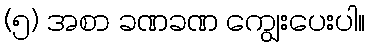
(၅) အစာ ခဏခဏ ကျွေးပေးပါ။